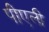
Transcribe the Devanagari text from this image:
पीएली